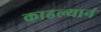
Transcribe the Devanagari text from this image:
काढल्यानं